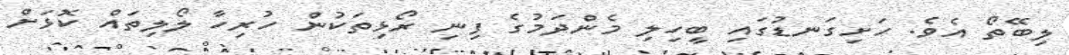
ލިބޭތޯ އެވެ. ހަށިގަނޑުގައި ބީހިލި މެންދަމުގެ ފިނި ރޯޅިތަކުން ހުރިހާ ލޯލިތައް ކޮޅަށް